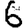
Digit: 6